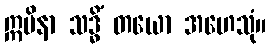
ဣမိနာ သဒ္ဓိံ တယော အဟေသုံ။